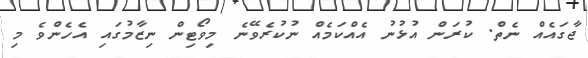
ޖާގައެއް ނެތް. ކުރަން އުޅުނު އެއްކަމެއް ނުކުރެވޭނެ މިވޯޓިން ނިޒާމުގައި އެހެންވެ މި